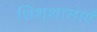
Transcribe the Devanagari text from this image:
शिशुशालाएँ